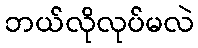
ဘယ်လိုလုပ်မလဲ